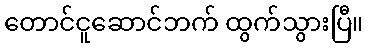
တောင်ငူဆောင်ဘက် ထွက်သွားပြီ။